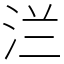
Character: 㳕